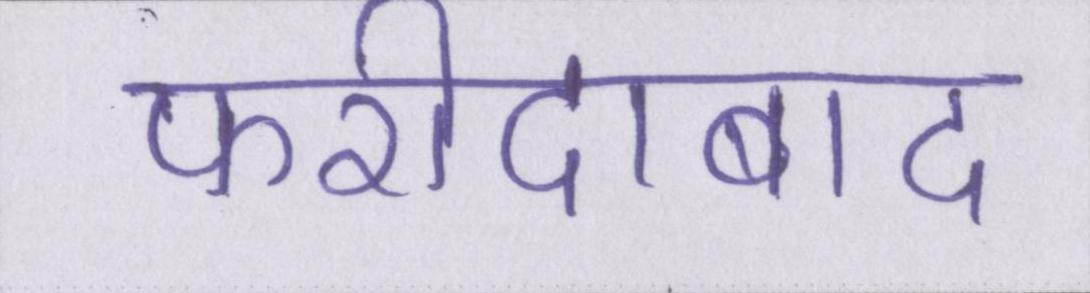
फरीदाबाद